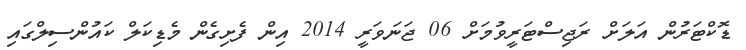
ޑޮކްޓަރުން އަލަށް ރަޖިސްޓަރީވުމަށް 06 ޖަނަވަރީ 2014 އިން ފެށިގެން މެޑިކަލް ކައުންސިލްގައި